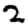
Digit: 2